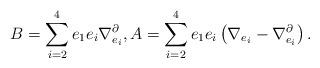
LaTeX: \begin{align*}B=\sum_{i=2}^4e_1e_i\nabla^\partial_{e_i}, A=\sum_{i=2}^4e_1e_i\left(\nabla_{e_i}-\nabla^\partial_{e_i}\right).\end{align*}